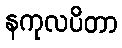
နကုလပိတာ